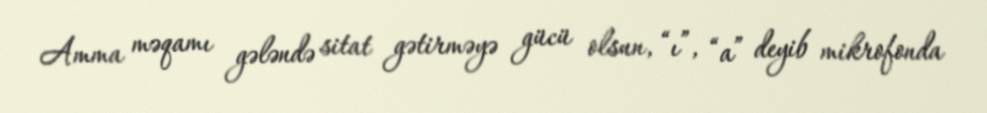
Amma məqamı gələndə sitat gətirməyə gücü olsun, “ı”, “a” deyib mikrofonda